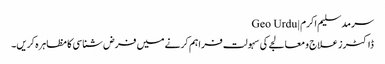
سرمد سلیم اکرم | Geo Urdu
ڈاکٹرز علاج و معالجے کی سہولت فراہم کرنے میں فرض شناسی کا مظاہرہ کریں۔